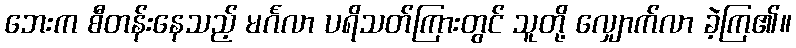
ဘေးက စီတန်းနေသည့် မင်္ဂလာ ပရိသတ်ကြားတွင် သူတို့ လျှောက်လာ ခဲ့ကြ၏။